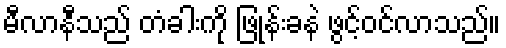
မီလာနီသည် တံခါးကို ဖြုန်းခနဲ ဖွင့်ဝင်လာသည်။